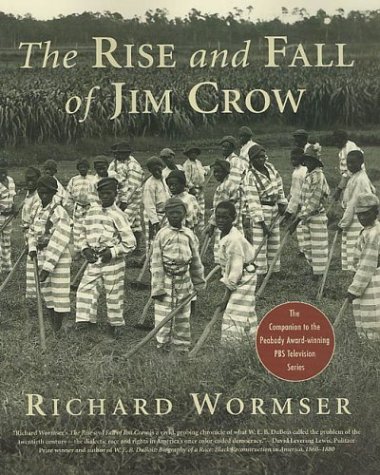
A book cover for The Rise and Fall of Jim Crow; Richard Wormser; Teen & Young Adult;